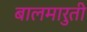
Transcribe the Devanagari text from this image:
बालमारुती